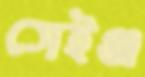
সেইঞ্জ